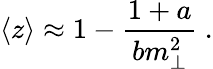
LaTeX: \langle z\rangle\approx 1-\frac{1+a}{bm_{\perp}^{2}}~.